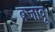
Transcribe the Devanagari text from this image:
बजावू